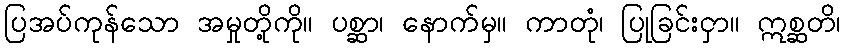
ပြအပ်ကုန်သော အမှုတို့ကို။ ပစ္ဆာ၊ နောက်မှ။ ကာတုံ၊ ပြုခြင်းငှာ။ ဣစ္ဆတိ၊